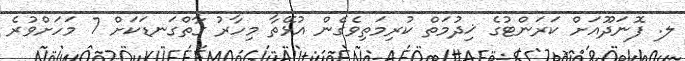
ލ. ފޮނަދޫއަށް ކަރަންޓުގެ ޚިދުމަތް ކުރިމަތިވެގެން އުޅޭތާ މިހާރު ގާތްގަނޑަކަށް 7 މަހަށްވުރެ